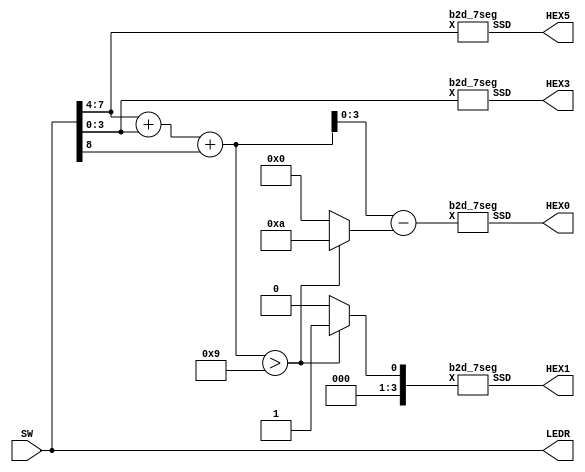
module part5 (SW, LEDR, HEX0, HEX1, HEX3, HEX5);
	input [8:0] SW;
	output [8:0] LEDR;
	output [6:0] HEX0, HEX1, HEX3, HEX5;

	wire [3:0] A,B,S0,S1;
	wire [4:0] T0;
	wire c1;
	reg [4:0] Z0;
	reg c0;

	assign LEDR = SW;
	assign A = SW[7:4];
	assign B = SW[3:0];
	assign c1 = SW[8];

	assign T0 = A + B + c1;

	always @ (T0)
		begin
			if (T0 > 9)
				begin
					Z0 = 5'd10;			
					c0 = 1'd1;					
				end
			else
				begin
					Z0 = 5'd0;			
					c0 = 1'd0;		
				end
		end

	assign S0 = T0 - Z0;
	assign S1 = c0;


	b2d_7seg ssd0 (.X(S0),.SSD(HEX0));
	b2d_7seg ssd1 (.X(S1),.SSD(HEX1));
	b2d_7seg ssd2 (.X(B),.SSD(HEX3));
	b2d_7seg ssd3 (.X(A),.SSD(HEX5));

endmodule

module b2d_7seg (X, SSD);
  input [3:0] X;
  output [6:0] SSD;

assign  SSD[0] = (X[3] &  ~X[2] & X[1] & ~X[0]) | (X[3] &  ~X[2] & X[1] & X[0]) | (X[3] &  X[2] & ~X[1] & ~X[0]) | (X[3] &  X[2] & ~X[1] & X[0]) | (X[3] &  X[2] & X[1] & ~X[0]) | (X[3] &  X[2] & X[1] & X[0])|(~X[3] &  X[2] & ~X[1] & ~X[0]) | (~X[3] &  ~X[2] & ~X[1] & X[0]) ;
assign  SSD[1] = (~X[3] & X[2] & ~X[1] & X[0]) | (~X[3] & X[2] & X[1] & ~X[0]) | (X[3] &  ~X[2] & X[1] & ~X[0]) | (X[3] &  ~X[2] & X[1] & X[0]) | (X[3] &  X[2] & ~X[1] & ~X[0]) | (X[3] &  X[2] & ~X[1] & X[0]) | (X[3] &  X[2] & X[1] & ~X[0]) | (X[3] &  X[2] & X[1] & X[0]);
assign  SSD[2] =  (X[3] &  ~X[2] & X[1] & ~X[0]) | (X[3] &  ~X[2] & X[1] & X[0]) | (X[3] &  X[2] & ~X[1] & ~X[0]) | (X[3] &  X[2] & ~X[1] & X[0]) | (X[3] &  X[2] & X[1] & ~X[0]) | (X[3] &  X[2] & X[1] & X[0])|(~X[3] & ~X[2] &  X[1] & ~X[0]);
assign  SSD[3] = (~X[3] & ~X[2] & ~X[1] &  X[0]) | (~X[3] &  X[2] & ~X[1] & ~X[0]) | (~X[3] &  X[2] & X[1] & X[0]) | (X[3] & ~X[2] & ~X[1] & X[0]) | (X[3] &  ~X[2] & X[1] & ~X[0]) | (X[3] &  ~X[2] & X[1] & X[0]) | (X[3] &  X[2] & ~X[1] & ~X[0]) | (X[3] &  X[2] & ~X[1] & X[0]) | (X[3] &  X[2] & X[1] & ~X[0]) | (X[3] &  X[2] & X[1] & X[0]);
assign  SSD[4] = ~((~X[2] & ~X[0]) | (X[1] & ~X[0]));
assign  SSD[5] = (~X[3] & ~X[2] & ~X[1] &  X[0]) | (~X[3] & ~X[2] &  X[1] & ~X[0]) | (~X[3] & ~X[2] & X[1] & X[0]) | (~X[3] & X[2] & X[1] & X[0]) | (X[3] &  ~X[2] & X[1] & ~X[0]) | (X[3] &  ~X[2] & X[1] & X[0]) | (X[3] &  X[2] & ~X[1] & ~X[0]) | (X[3] &  X[2] & ~X[1] & X[0]) | (X[3] &  X[2] & X[1] & ~X[0]) | (X[3] &  X[2] & X[1] & X[0]);
assign  SSD[6] = (~X[3] & ~X[2] & ~X[1] &  X[0]) | (~X[3] & ~X[2] & ~X[1] & ~X[0]) | (~X[3] &  X[2] & X[1] & X[0]) | (X[3] &  ~X[2] & X[1] & ~X[0]) | (X[3] &  ~X[2] & X[1] & X[0]) | (X[3] &  X[2] & ~X[1] & ~X[0]) | (X[3] &  X[2] & ~X[1] & X[0]) | (X[3] &  X[2] & X[1] & ~X[0]) | (X[3] &  X[2] & X[1] & X[0]);

endmodule